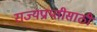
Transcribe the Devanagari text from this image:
राज्यप्राप्तीसाठी